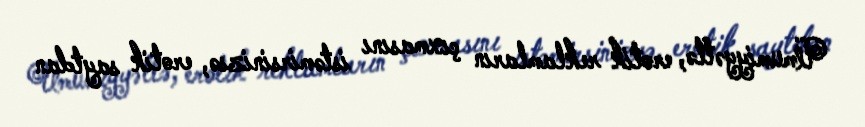
Ümumiyyətlə, erotik reklamların çıxmasını istəmirsinizsə, erotik saytdan